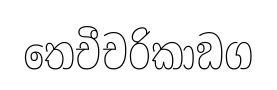
තෙචීචරිකාඞග